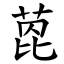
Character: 萞